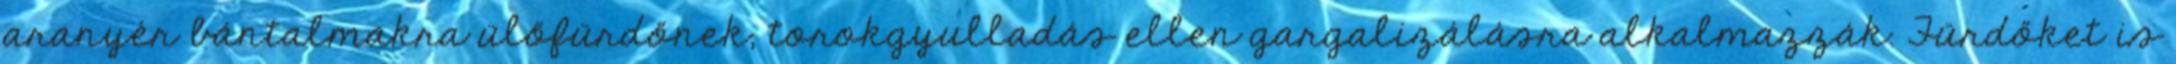
aranyér bántalmakra ülőfürdőnek, torokgyulladás ellen gargalizálásra alkalmazzák. Fürdőket is